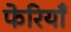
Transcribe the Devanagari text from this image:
फेरियाँ